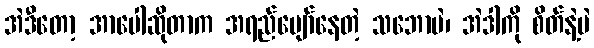
အဲဒီတော့ အာပေါဆိုတာက အရည်ပျော်နေတဲ့ သဘောပဲ၊ အဲဒါကို စိတ်နဲ့ပဲ